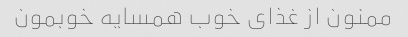
ممنون از غذای خوب همسایه خوبمون